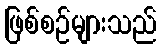
ဖြစ်စဉ်များသည်